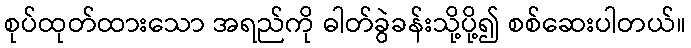
စုပ်ထုတ်ထားသော အရည်ကို ဓါတ်ခွဲခန်းသို့ပို့၍ စစ်ဆေးပါတယ်။